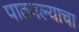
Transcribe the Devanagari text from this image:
पाठवल्याचा